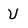
Character: V